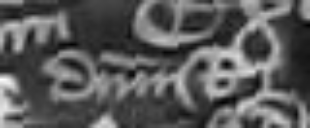
domini Regis